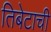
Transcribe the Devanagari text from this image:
तिबेटाची